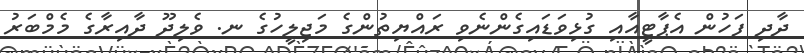
ދާދި ފަހުން އެޕާޓީއާއި ގުޅިވަޑައިގެންނެވި ރައްޔިތުންގެ މަޖިލީހުގެ ނ. ވެލިދޫ ދާއިރާގެ މެމްބަރު